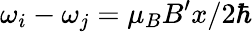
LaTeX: \omega_{i}-\omega_{j}=\mu_{B}B^{\prime}x/2\hbar